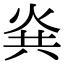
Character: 烡